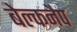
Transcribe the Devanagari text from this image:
बेल्कनैप